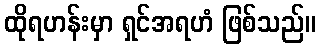
ထိုရဟန်းမှာ ရှင်အရဟံ ဖြစ်သည်။